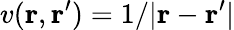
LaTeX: v(\mathbf{r},\mathbf{r}^{\prime})=1/|\mathbf{r}-\mathbf{r}^{\prime}|